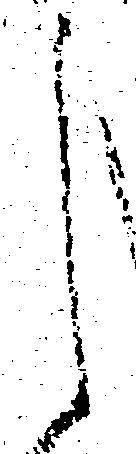
し